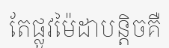
តែផ្លូវម៉ៃដាបន្តិចគឺ